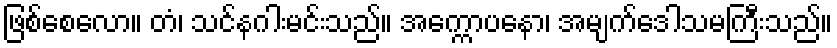
ဖြစ်စေလော။ တံ၊ သင်နဂါးမင်းသည်။ အက္ကောပနော၊ အမျက်ဒေါသမကြီးသည်။